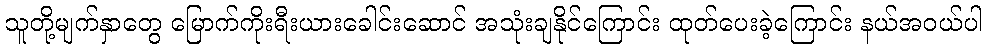
သူတို့မျက်နှာတွေ မြောက်ကိုးရီးယားခေါင်းဆောင် အသုံးချနိုင်ကြောင်း ထုတ်ပေးခဲ့ကြောင်း နယ်အဝယ်ပါ